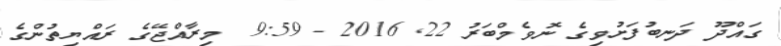
ގައްދޫ ދަނބުފަށުވިގެ ނޮވެމްބަރު 22